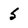
Character: 5